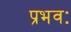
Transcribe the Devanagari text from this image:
प्रभवः